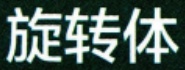
旋转体